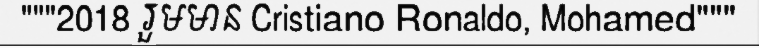
"""2018 រួមមាន Cristiano Ronaldo, Mohamed"""